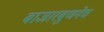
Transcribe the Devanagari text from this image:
बाजारबुणगेच